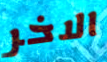
الاخر